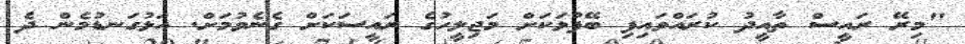
"މިރޭ ރައީސް ތާއީދު ކުރައްވައިފި ބޭފުޅަކަށް މަޖިލީހުގެ ރައީސަކަށް ގެނެވުމަށް. އަޅުގަނޑުމެން ދެ